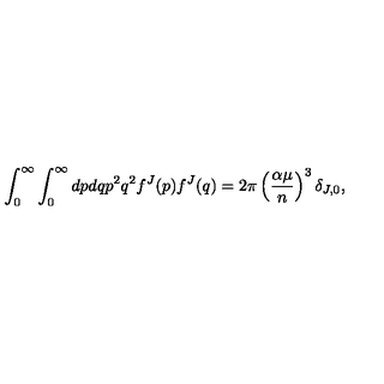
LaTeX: \int _ { 0 } ^ { \infty } \int _ { 0 } ^ { \infty } d p d q p ^ { 2 } q ^ { 2 } f ^ { J } ( p ) f ^ { J } ( q ) = 2 \pi \left( \frac { \alpha \mu } { n } \right) ^ { 3 } \delta _ { J , 0 } ,